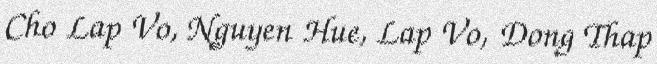
Cho Lap Vo, Nguyen Hue, Lap Vo, Dong Thap